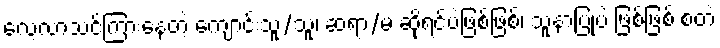
လေ့လာသင်ကြားနေတဲ့ ကျောင်းသူ/သူ၊ ဆရာ/မ ဆိုရင်ပဲဖြစ်ဖြစ်၊ သူနာပြုပဲ ဖြစ်ဖြစ် စတဲ့